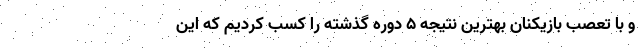
و با تعصب بازیکنان بهترین نتیجه ۵ دوره گذشته را کسب کردیم که این